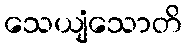
သေယျံသောတိ